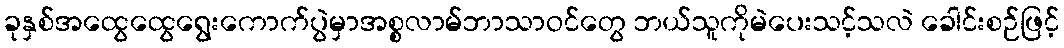
ခုနှစ်အထွေထွေရွေးကောက်ပွဲမှာအစ္စလာမ်ဘာသာဝင်တွေ ဘယ်သူကိုမဲပေးသင့်သလဲ ခေါင်းစဉ်ဖြင့်